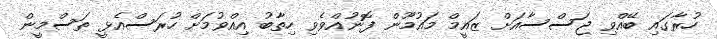
ހުރާގައި ބޭއްވި ޖަސްސާއަށް ޒައީމް މައުމޫން ފޮނުއްވެވި ހިތާބު އިއްވުމަށް ހުރަސްއެޅީ ތަސްމީން